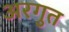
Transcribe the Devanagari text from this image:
अरगुत